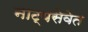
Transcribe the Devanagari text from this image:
नाट्यसेवेत